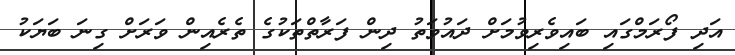
އަދި ފޯރަމްގައި ބައިވެރިވުމަށް ދައުވަތު ދިން ފަރާތްތަކުގެ ތެރެއިން ވަރަށް ގިނަ ބަޔަކު